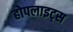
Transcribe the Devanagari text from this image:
होपलाइट्स